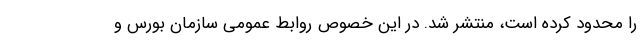
را محدود کرده است، منتشر شد. در این خصوص روابط عمومی سازمان بورس و